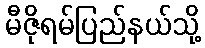
မီဇိုရမ်ပြည်နယ်သို့